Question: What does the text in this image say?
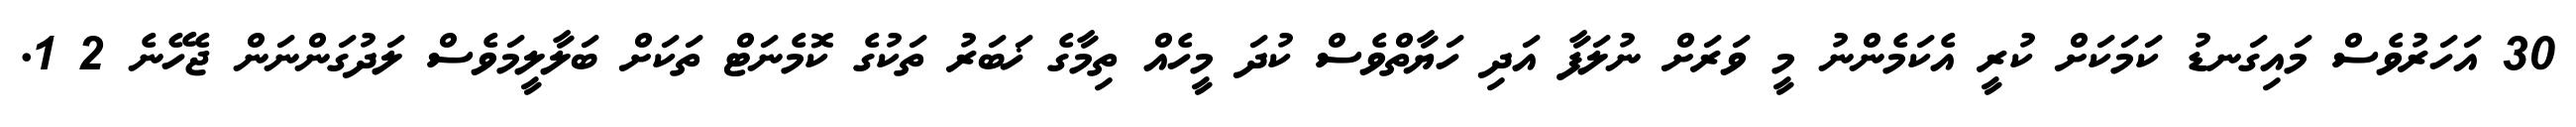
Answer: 30 އަހަރުވެސް މައިގަނޑު ކަމަކަށް ކުރީ އެކަމެންނު މީ ވަރަށް ނުލަފާ އަދި ހަޔާތްވެސް ކުދަ މީހެއް ތިމާގެ ޚަބަރު ތަކުގެ ކޮމެނަޓް ތަކަށް ބަލާލީމަވެސް ލަދުގަންނަން ޖެހޭނެ 2 1.